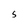
Character: S